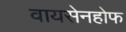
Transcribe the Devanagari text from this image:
वायसेनहोफ